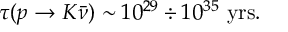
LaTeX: \tau ( p \to K \bar { \nu } ) \sim 1 0 ^ { 2 9 } \div 1 0 ^ { 3 5 } \ \mathrm { y r s } .